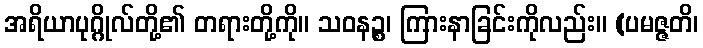
အရိယာပုဂ္ဂိုလ်တို့၏ တရားတို့ကို။ သဝနဉ္စ၊ ကြားနာခြင်းကိုလည်း။ (ပမဇ္ဇတိ၊